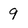
Character: 9